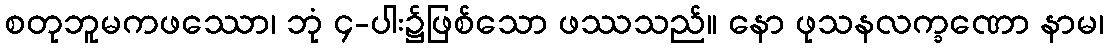
စတုဘူမကဖဿော၊ ဘုံ ၄-ပါး၌ဖြစ်သော ဖဿသည်။ နော ဖုသနလက္ခဏော နာမ၊